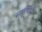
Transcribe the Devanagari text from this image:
साल्वियो